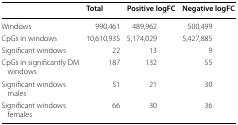
<table><thead><tr><td></td><td><b>Total</b></td><td><b>Positive logFC</b></td><td><b>Negative logFC</b></td></tr></thead><tbody><tr><td>Windows</td><td>990,461</td><td>489,962</td><td>500,499</td></tr><tr><td>CpGs in windows</td><td>10,610,935</td><td>5,174,029</td><td>5,427,885</td></tr><tr><td>Significant windows</td><td>22</td><td>13</td><td>9</td></tr><tr><td>CpGs in significantly DM windows</td><td>187</td><td>132</td><td>55</td></tr><tr><td>Significant windows males</td><td>51</td><td>21</td><td>30</td></tr><tr><td>Significant windows females</td><td>66</td><td>30</td><td>36</td></tr></tbody></table>